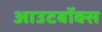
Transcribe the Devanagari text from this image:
आउटबॉक्स